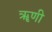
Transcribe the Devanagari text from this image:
ॠणी